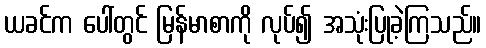
ယခင်က ပေါ်တွင် မြန်မာစာကို လုပ်၍ အသုံးပြုခဲ့ကြသည်။